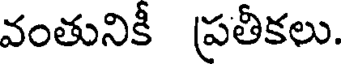
వంతునికీ ప్రతీకలు.